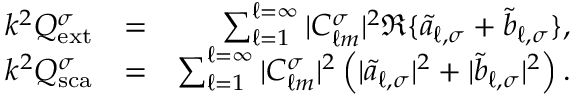
\begin{array} { r l r } { k ^ { 2 } Q _ { \mathrm { { e x t } } } ^ { \sigma } } & { = } & { \sum _ { \ell = 1 } ^ { \ell = \infty } | C _ { \ell m } ^ { \sigma } | ^ { 2 } \Re \{ \tilde { a } _ { \ell , \sigma } + \tilde { b } _ { \ell , \sigma } \} , } \\ { k ^ { 2 } Q _ { \mathrm { s c a } } ^ { \sigma } } & { = } & { \sum _ { \ell = 1 } ^ { \ell = \infty } | C _ { \ell m } ^ { \sigma } | ^ { 2 } \left( | \tilde { a } _ { \ell , \sigma } | ^ { 2 } + | \tilde { b } _ { \ell , \sigma } | ^ { 2 } \right) . } \end{array}